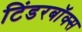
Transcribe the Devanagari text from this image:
टिंडरबॉक्स